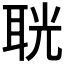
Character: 𦕤